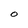
Character: O